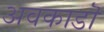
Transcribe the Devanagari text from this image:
अवकाडॊ